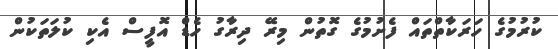
ކުރުމުގެ ހަރަކާތްތައް ފެށުމުގެ ގޮތުން މިރޭ ދިރާގު ހެޑް އޮފީސް އެކި ކުލަތަކުން